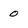
Character: 0